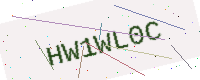
Text: HW1WL0C